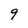
Character: 9